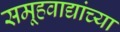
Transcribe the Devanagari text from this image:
समूहवाद्यांच्या